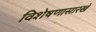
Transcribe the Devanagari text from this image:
विशेषणासारखे